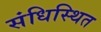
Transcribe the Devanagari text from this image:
संधिस्थित